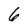
Character: 6